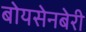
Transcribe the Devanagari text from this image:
बोयसेनबेरी